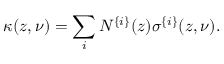
\kappa ( z , \nu ) = \sum _ { i } N ^ { \{ i \} } ( z ) \sigma ^ { \{ i \} } ( z , \nu ) .